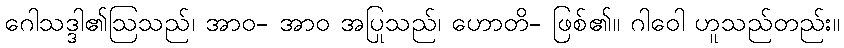
ဂေါသဒ္ဒါ၏ဩသည်၊ အာဝ- အာဝ အပြုသည်၊ ဟောတိ- ဖြစ်၏။ ဂါဝေါ ဟူသည်တည်း။